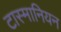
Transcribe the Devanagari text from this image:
टास्मानियन